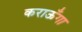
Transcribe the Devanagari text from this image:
कराऊँगा